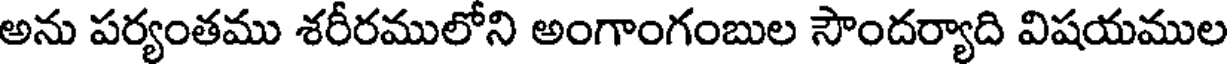
అను పర్యంతము శరీరములోని అంగాంగంబుల సౌందర్యాది విషయముల